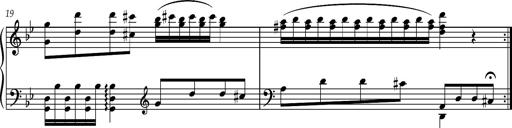
Title: 8 Album Leaves
Composer: Franz Liszt